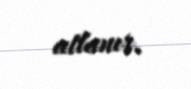
atlanır.